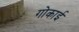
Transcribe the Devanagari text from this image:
गोकाई